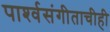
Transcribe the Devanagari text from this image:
पार्श्‍वसंगीताचीही